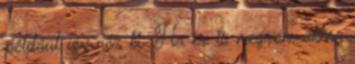
például így néz ki: Ha ez is megvan, akkor